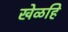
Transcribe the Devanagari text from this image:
खेळहि